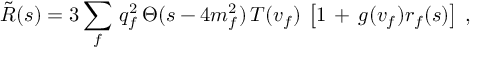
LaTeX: \tilde { R } ( s ) = 3 \sum _ { f } \, q _ { f } ^ { 2 } \, \Theta ( s - 4 m _ { f } ^ { 2 } ) \, T ( v _ { f } ) \, \left[ 1 \, + \, g ( v _ { f } ) r _ { f } ( s ) \right] \, ,